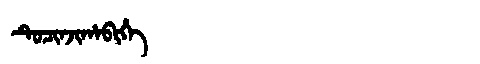
Manchu: ᡨᡠᠴᡳᠨᠵᡳᡥᠠᠪᡳᡥᡝ
Romanization: TUCINJIHABIHE